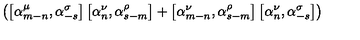
\left( \left[ { \alpha } _ { m - n } ^ { \mu } , { \alpha } _ { - s } ^ { \sigma } \right] \left[ { \alpha } _ { n } ^ { \nu } , { \alpha } _ { s - m } ^ { \rho } \right] + \left[ { \alpha } _ { m - n } ^ { \nu } , { \alpha } _ { s - m } ^ { \rho } \right] \left[ { \alpha } _ { n } ^ { \nu } , { \alpha } _ { - s } ^ { \sigma } \right] \right)